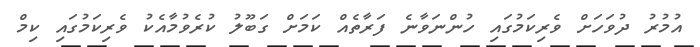
އުމުރު ދުވަހަށް ވެރިކަމުގައި ހުންނަވާނެ ފަރާތެއް ކަމަށް ގަބޫލު ކުރެވުމާއެކު ވެރިކަމުގައި ކިމް